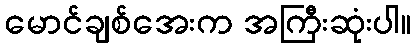
မောင်ချစ်အေးက အကြီးဆုံးပါ။